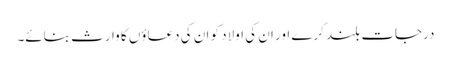
درجات بلند کرے اور ان کی اولاد کو ان کی دعاؤں کا وارث بنائے۔